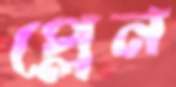
প্লেন